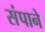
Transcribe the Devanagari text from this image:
संपाने